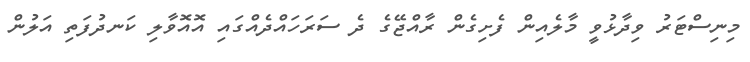
މިނިސްޓަރު ވިދާޅުވީ މާލެއިން ފެށިގެން ރާއްޖޭގެ ދެ ސަރަހައްދެއްގައި އޮއޮވާލި ކަނދުފަތި އަލުން